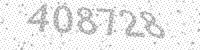
Solution: 408728